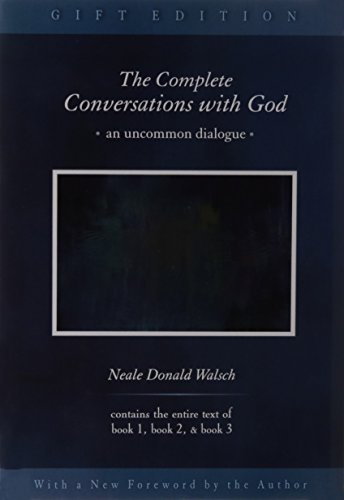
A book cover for The Complete Conversations with God; Neale Donald Walsch; Christian Books & Bibles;